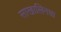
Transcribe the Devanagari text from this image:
साखालिनचा